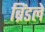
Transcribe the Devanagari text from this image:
ब्रिंडले